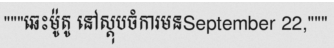
"""ឆេះម៉ូតូ នៅស្តុបចំការមនSeptember 22,"""